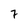
Character: 7